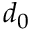
d _ { 0 }